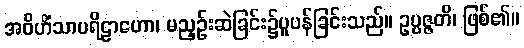
အဝိဟိံသာပရိဠာဟော၊ မညှဉ်းဆဲခြင်း၌ပူပန်ခြင်းသည်။ ဥပ္ပဇ္ဇတိ၊ ဖြစ်၏။